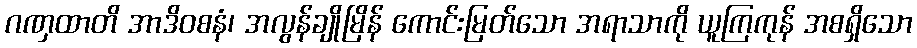
ဂဏှထာတိ အာဒိဝစနံ၊ အလွန်ချိုမြိန် ကောင်းမြတ်သော အရာသာကို ယူကြကုန် အစရှိသော